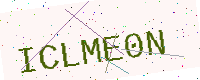
Text: ICLME0N